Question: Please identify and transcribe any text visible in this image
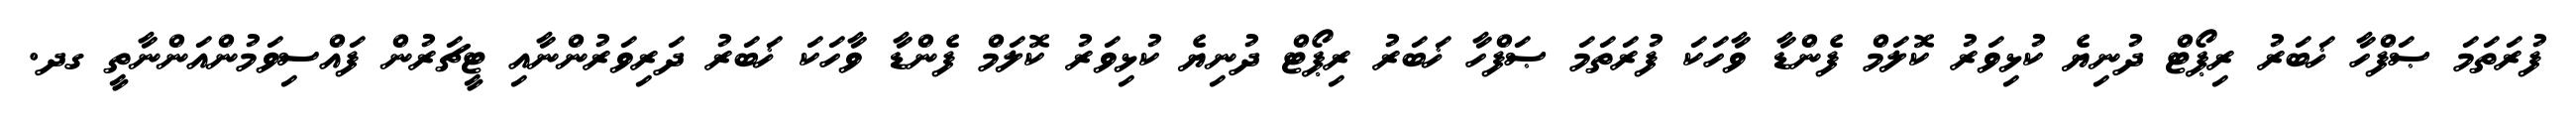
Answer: ފުރަތަމަ ޞަފްހާ ޚަބަރު ރިޕޯޓް ދުނިޔެ ކުޅިވަރު ކޮލަމް ފެންޑާ ވާހަކަ ފުރަތަމަ ޞަފްހާ ޚަބަރު ރިޕޯޓް ދުނިޔެ ކުޅިވަރު ކޮލަމް ފެންޑާ ވާހަކަ ޚަބަރު ދަރިވަރުންނާއި ޓީޗަރުން ފައްސިވަމުންއަންނާތީ ގދ.